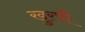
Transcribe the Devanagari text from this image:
खुरपौ